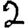
Digit: 2